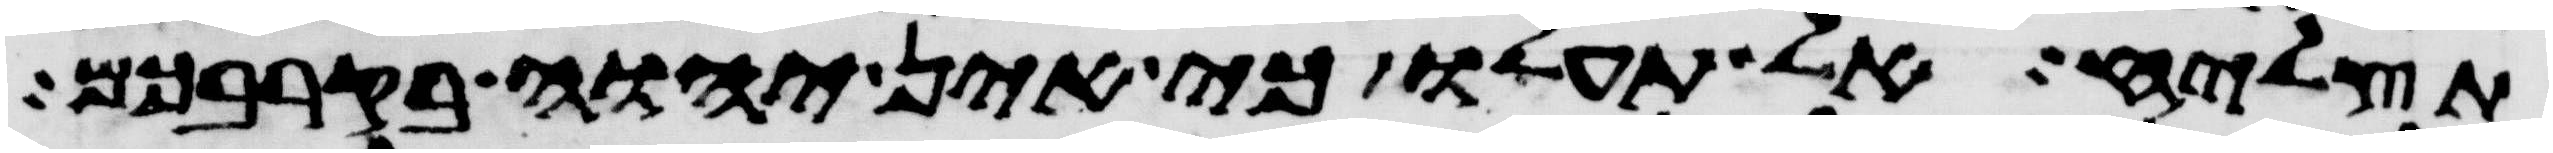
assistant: תצליח אל תעלו כי אין יהוה בקרבכם